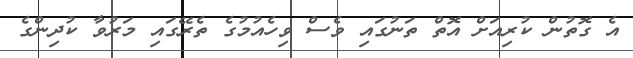
އެ ގޮތުން ކުރިއަށް އޮތް ތަނުގައި ވެސް ވިހެއުމުގެ ތެރޭގައި މަރުވާ ކުދިންގެ